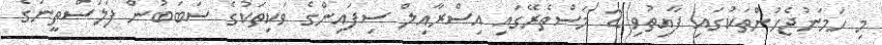
މި ހަމަނުޖެހުންތަކުގައި ފާއިތުވި 2 މަސްތެރޭގައި އިސްރާއިލް ސިފައިންގެ ވަކިތަކުގެ ސަބަބުން ފަލަސްތީނުގެ